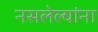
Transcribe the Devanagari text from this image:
नसलेल्यांना